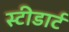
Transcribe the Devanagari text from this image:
स्टीडार्ट